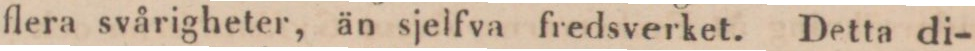
flera svårigheter, än sjelfva fredsverket. Detta di-